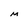
Character: M